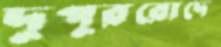
দুপুররোদে